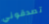
تصدقوني